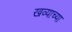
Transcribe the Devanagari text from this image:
खव्याच्या